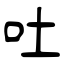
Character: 吐